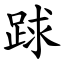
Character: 䟵